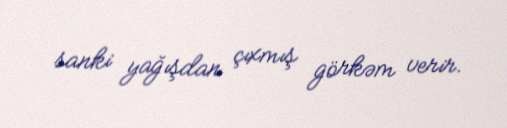
sanki yağışdan çıxmış görkəm verir.